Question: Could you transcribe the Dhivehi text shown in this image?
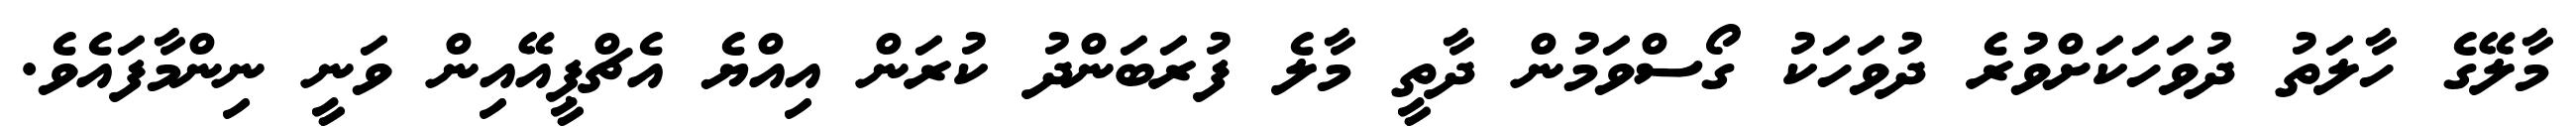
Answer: މާލޭގެ ހާލަތު ދުވަހަކަށްވުރެ ދުވަހަކު ގޯސްވަމުން ދާތީ މާލެ ފުރަބަންދު ކުރަން އިއްޔެ އެޗްޕީއޭއިން ވަނީ ނިންމާފައެވެ.